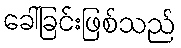
ခေါ်ခြင်းဖြစ်သည်